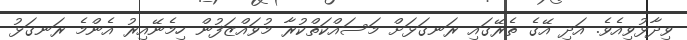
ވިދާޅުވިއެވެ. އަދި އޭގެ ތެރޭގައި ރަނގަަޅަށް މަސައްކަތްކުރާ މުވައްޒަފުން ހިމެނޭއިރު އެންމެ ރަނގަޅު